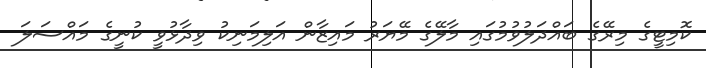
ކޮމިޓީގެ މިރޭގެ ބައްދަލުވުމުގައި މާލޭގެ މޭޔަރު މައިޒާން އަލިމަނިކު ވިދާޅުވީ ކުނީގެ މައްސަލަ